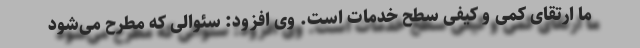
ما ارتقای کمی و کیفی سطح خدمات است. وی افزود: سئوالی که مطرح می‌شود